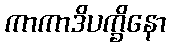
ကာကာဒိပက္ခိနော